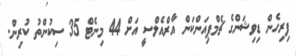
ފިރިހެން ޑިވިޝަންގެ ޗެމްޕިއަންކަން އާރްއެލްސީ އަށް 44 މިނެޓް 35 ސިކުންތު ކުރިން.